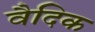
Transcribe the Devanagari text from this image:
वैदिक